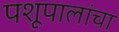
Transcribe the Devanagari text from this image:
पशूपालांचा